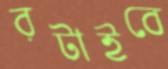
রটাইবে